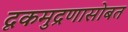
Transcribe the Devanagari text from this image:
दृकमुद्रणासोबत